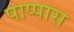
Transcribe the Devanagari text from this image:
पाप्पास